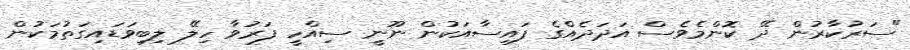
"ސަރުކާރުން ދޭ ކޮންމެވެސް އަދަދެއްގެ ފައިސާއަކުން ނޫނީ ސިއްހީ ފަރުވާ ހިލޭ ލިބިވަޑައިގަތުމަކުން